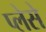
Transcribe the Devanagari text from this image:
प्लेसे